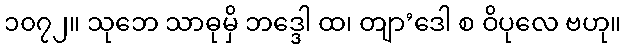
၁၀၇၂။ သုဘေ သာဓုမှိ ဘဒ္ဒေါ ထ၊ တျာ’ဒေါ စ ဝိပုလေ ဗဟု။